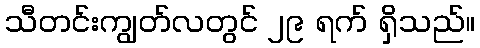
သီတင်းကျွတ်လတွင် ၂၉ ရက် ရှိသည်။